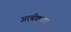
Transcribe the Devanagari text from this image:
अरबीक्कादल